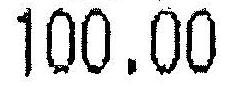
100.00